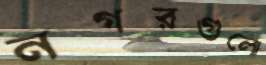
নগরগুলো